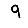
Digit: 9